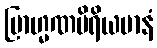
ဗြာဟ္မဏမိရိယမာနံ